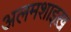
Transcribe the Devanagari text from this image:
अलमशाइख़